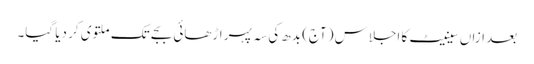
بعد ازاں سینیٹ کا اجلاس (آج) بدھ کی سہ پہر اڑھائی بجے تک ملتوی کر دیا گیا۔